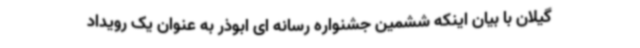
گیلان با بیان اینکه ششمین جشنواره رسانه ای ابوذر به عنوان یک رویداد